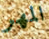
المهر